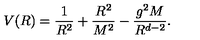
V ( R ) = \frac { 1 } { R ^ { 2 } } + \frac { R ^ { 2 } } { M ^ { 2 } } - \frac { g ^ { 2 } M } { R ^ { d - 2 } } .